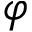
\varphi